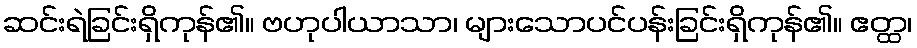
ဆင်းရဲခြင်းရှိကုန်၏။ ဗဟုပါယာသာ၊ များသောပင်ပန်းခြင်းရှိကုန်၏။ ဧတ္ထ၊